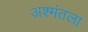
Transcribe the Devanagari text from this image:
अश्मंतला